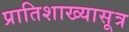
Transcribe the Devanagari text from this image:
प्रातिशाख्यासूत्र